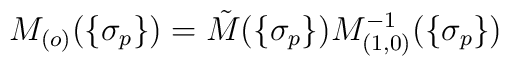
M_{(o)}(\{\sigma_p\})=\tilde M(\{\sigma_p\})M_{(1,0)}^{-1}(\{\sigma_p\})